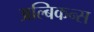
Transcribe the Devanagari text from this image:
अल्बिकन्स